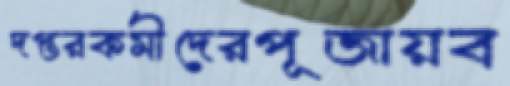
দপ্তরকর্মীদেরপূজায়ব